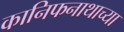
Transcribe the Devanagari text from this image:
कानिफनाथाच्या